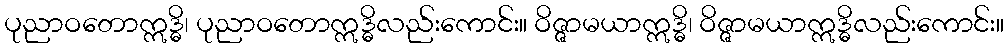
ပုညာဝတောဣဒ္ဓိ၊ ပုညာဝတောဣဒ္ဓိလည်းကောင်း။ ဝိဇ္ဇာမယာဣဒ္ဓိ၊ ဝိဇ္ဇာမယာဣဒ္ဓိလည်းကောင်း။